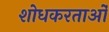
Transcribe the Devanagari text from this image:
शोधकरताओं